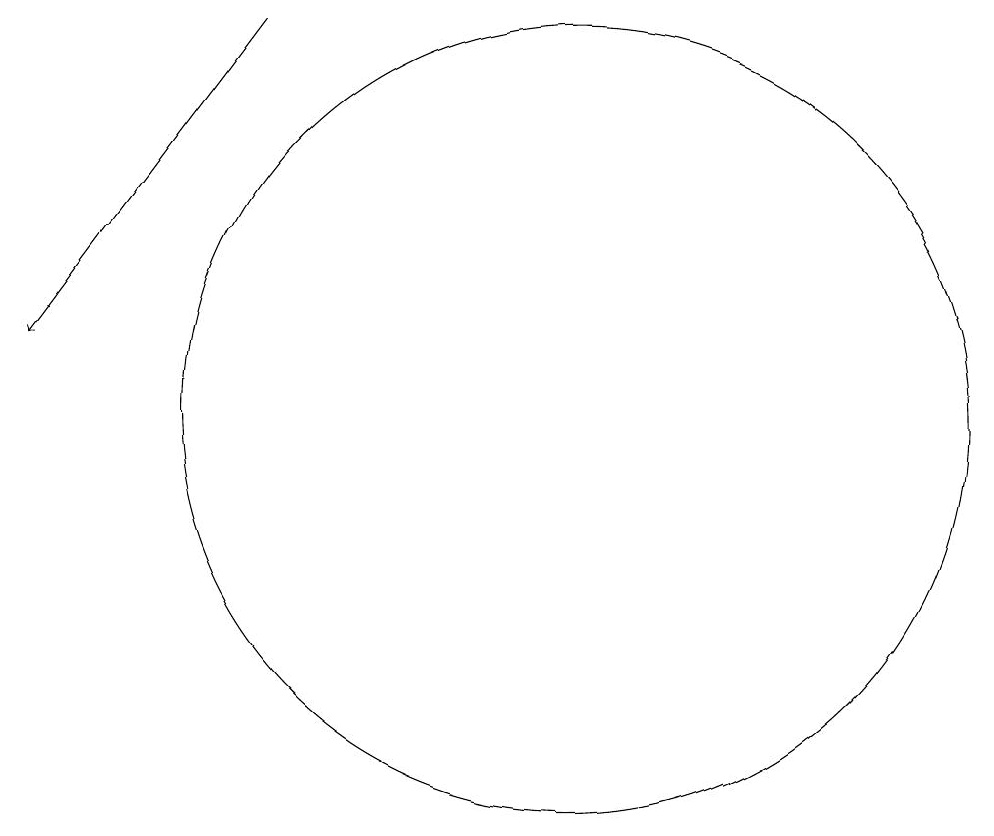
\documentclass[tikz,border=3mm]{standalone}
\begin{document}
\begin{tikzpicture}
\draw (11,11) circle (0);
\draw[->] (6,15) -- (3,11);
\draw (10,10) circle (5);
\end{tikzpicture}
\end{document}